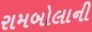
રામબોલાની